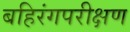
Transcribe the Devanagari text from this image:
बहिरंगपरीक्षण